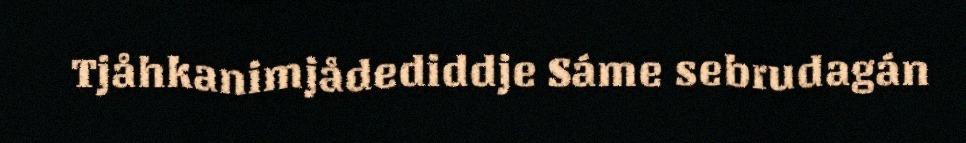
Tjåhkanimjådediddje Sáme sebrudagán